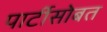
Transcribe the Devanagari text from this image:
पार्टीसोबत